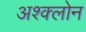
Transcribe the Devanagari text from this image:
अश्क्लोन